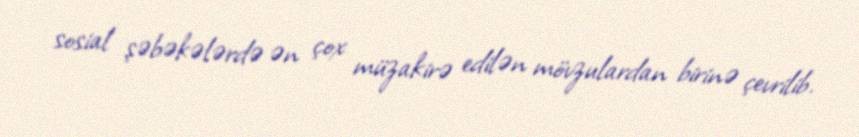
sosial şəbəkələrdə ən çox müzakirə edilən mövzulardan birinə çevrilib.